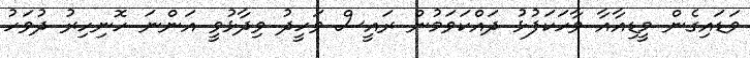
ވަޑައިގެން މީޑިއާއާ ވާހަކަފުޅު ދައްކަވަމުން ރައީސް ވަހީދު ވިދާޅުވީ އަންނަ ހޮނިހިރު ދުވަހު